65_HS1-834228961_62-HQ-83894_Section_8
Agency: FBI
Page 128
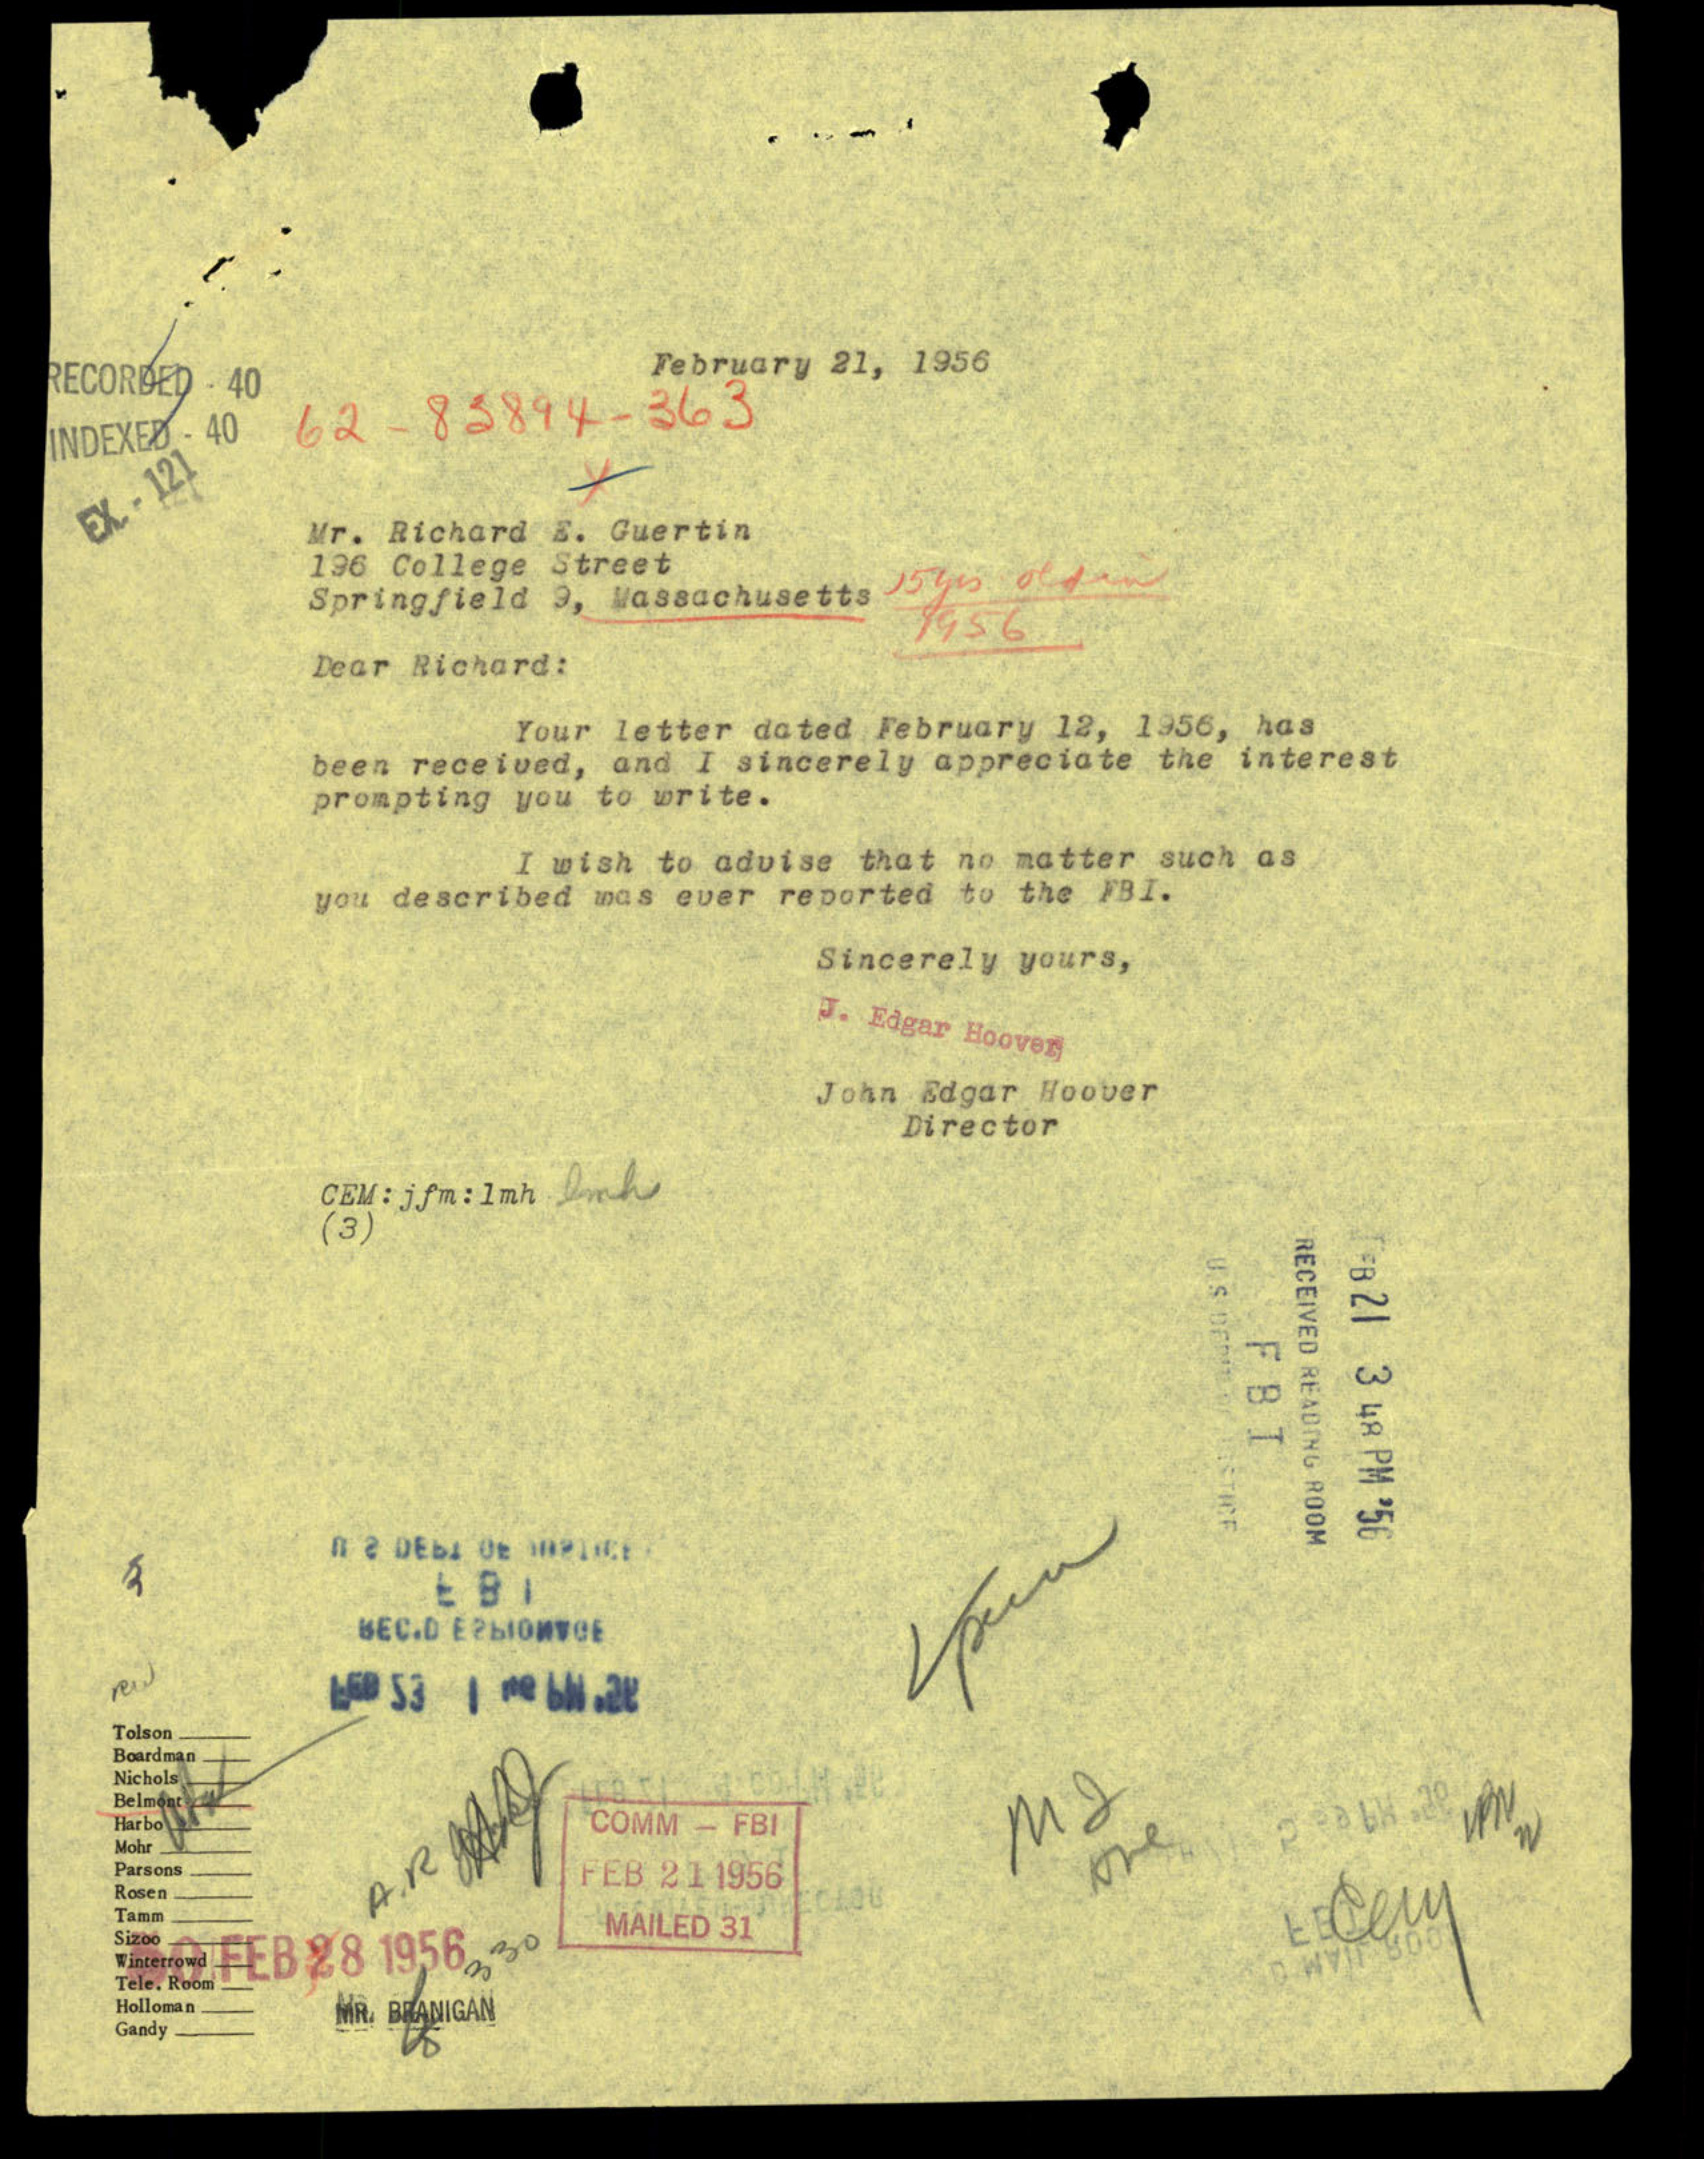